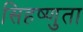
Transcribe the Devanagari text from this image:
सिहष्णुता